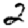
Digit: 2